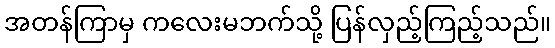
အတန်ကြာမှ ကလေးမဘက်သို့ ပြန်လှည့်ကြည့်သည်။